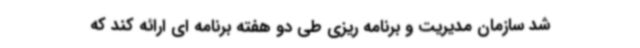
شد سازمان مدیریت و برنامه ریزی طی دو هفته برنامه ای ارائه کند که